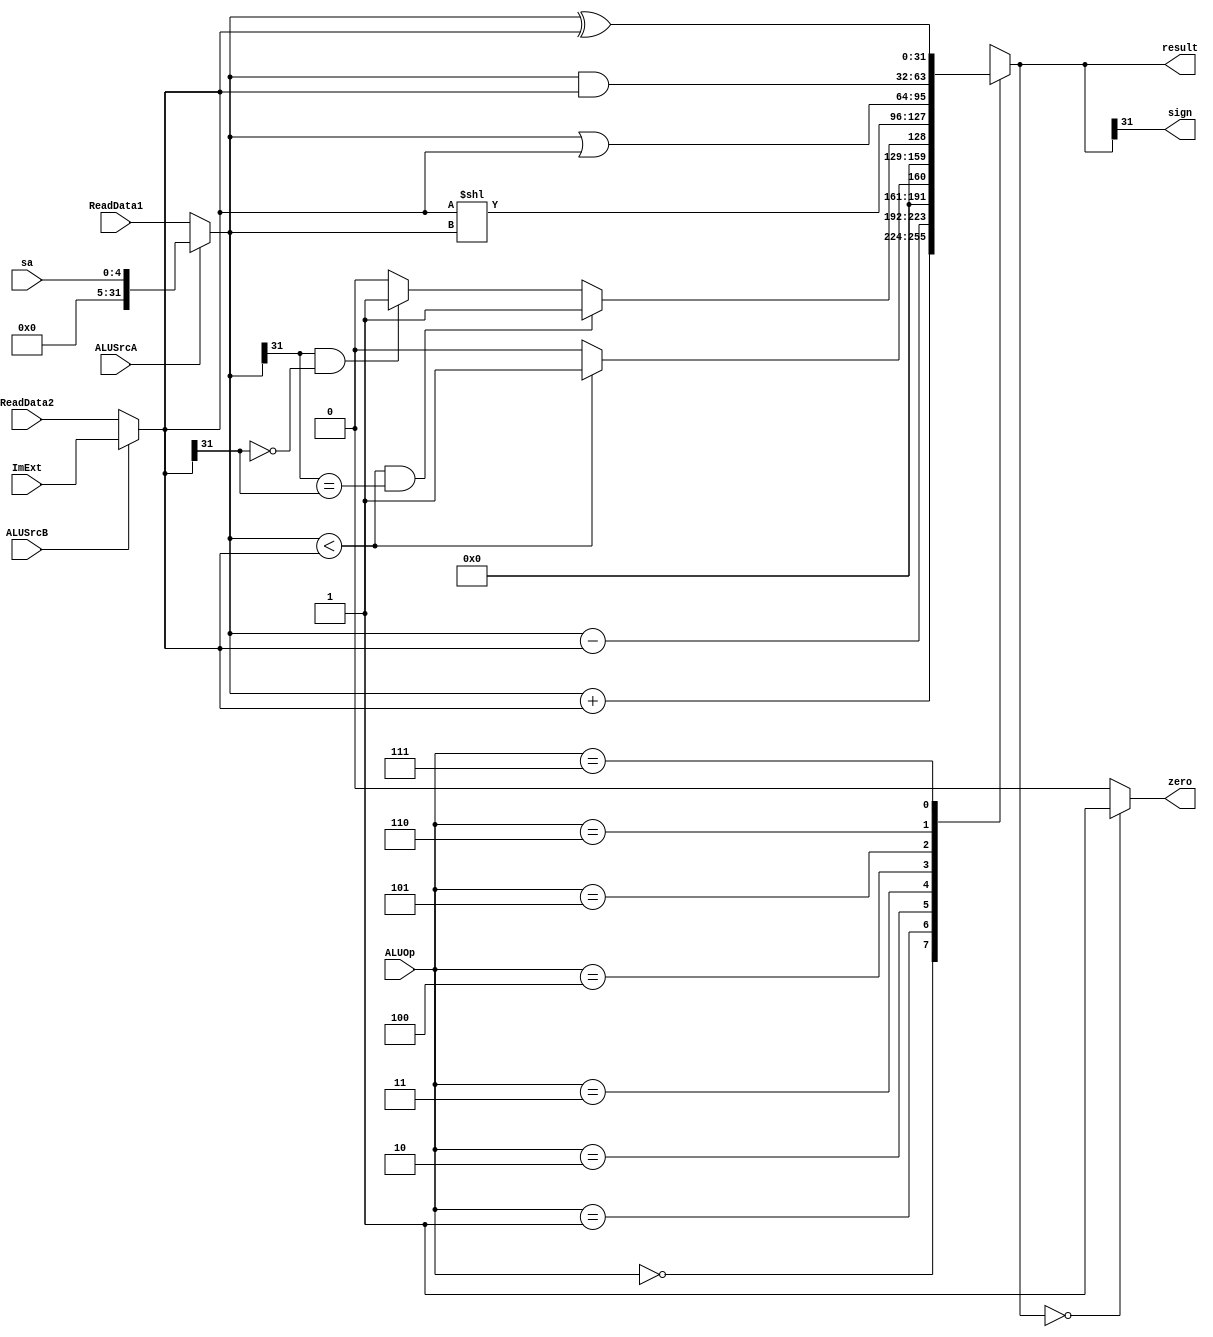
`timescale 1ns / 1ps
//////////////////////////////////////////////////////////////////////////////////
// Company: 
// Engineer: 
// 
// Design Name: 
// Module Name: ALU
// Project Name: 
// Target Devices: 
// Tool Versions: 
// Description: 
// 
// Dependencies: 
// 
// Revision:
// Revision 0.01 - File Created
// Additional Comments:
// 
//////////////////////////////////////////////////////////////////////////////////

module ALU( 
    input ALUSrcA, ALUSrcB,
    input [4:0] sa,
    input [2:0] ALUOp,
    input [31:0] ReadData1, ReadData2, ImExt,
    output reg [31:0] result, 
    output reg zero, sign
    );
    wire [31:0] A, B;
    assign A = (ALUSrcA == 0) ? ReadData1 : {24'h000000, 3'b000, sa};
    assign B = (ALUSrcB == 0) ? ReadData2 : ImExt;
    always @( ALUOp or A or B ) begin
        case (ALUOp)
            3'b000 : result = A + B;
            3'b001 : result = A - B;
            3'b010 : result = (A < B) ? 1 : 0;
            3'b011 : begin 
                        if(A < B && (A[31] == B[31])) result = 1;
                        else if (A[31] == 1 && B[31] == 0) result = 1;
                        else result = 0;
                     end
            3'b100 : result = B << A;
            3'b101 : result = A | B;
            3'b110 : result = A & B;
            3'b111 : result = A ^ B;
            default : result = 32'h00000000;
        endcase
        zero = (result == 0) ? 1 : 0;
        sign = result[31];
    end
endmodule